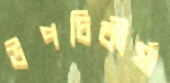
উপচিকীর্ষা